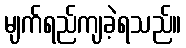
မျက်ရည်ကျခဲ့ရသည်။